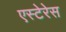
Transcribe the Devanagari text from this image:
एस्टेरेस